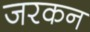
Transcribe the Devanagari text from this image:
जरकन